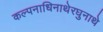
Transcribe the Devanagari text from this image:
कल्पनाधिनाथेरघुनाथे